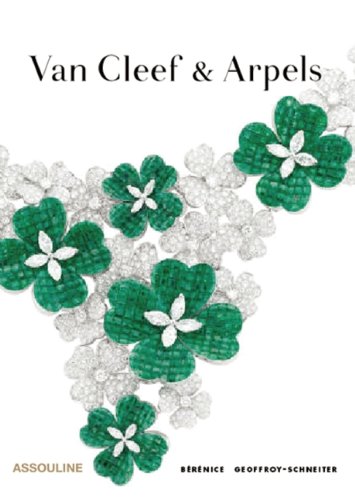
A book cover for Van Cleef & Arpels; Berenice Geoffroy-Schneiter; Humor & Entertainment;